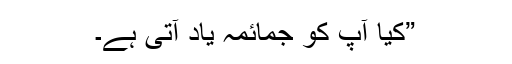
”کیا آپ کو جمائمہ یاد آتی ہے۔